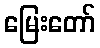
မြေးတော်